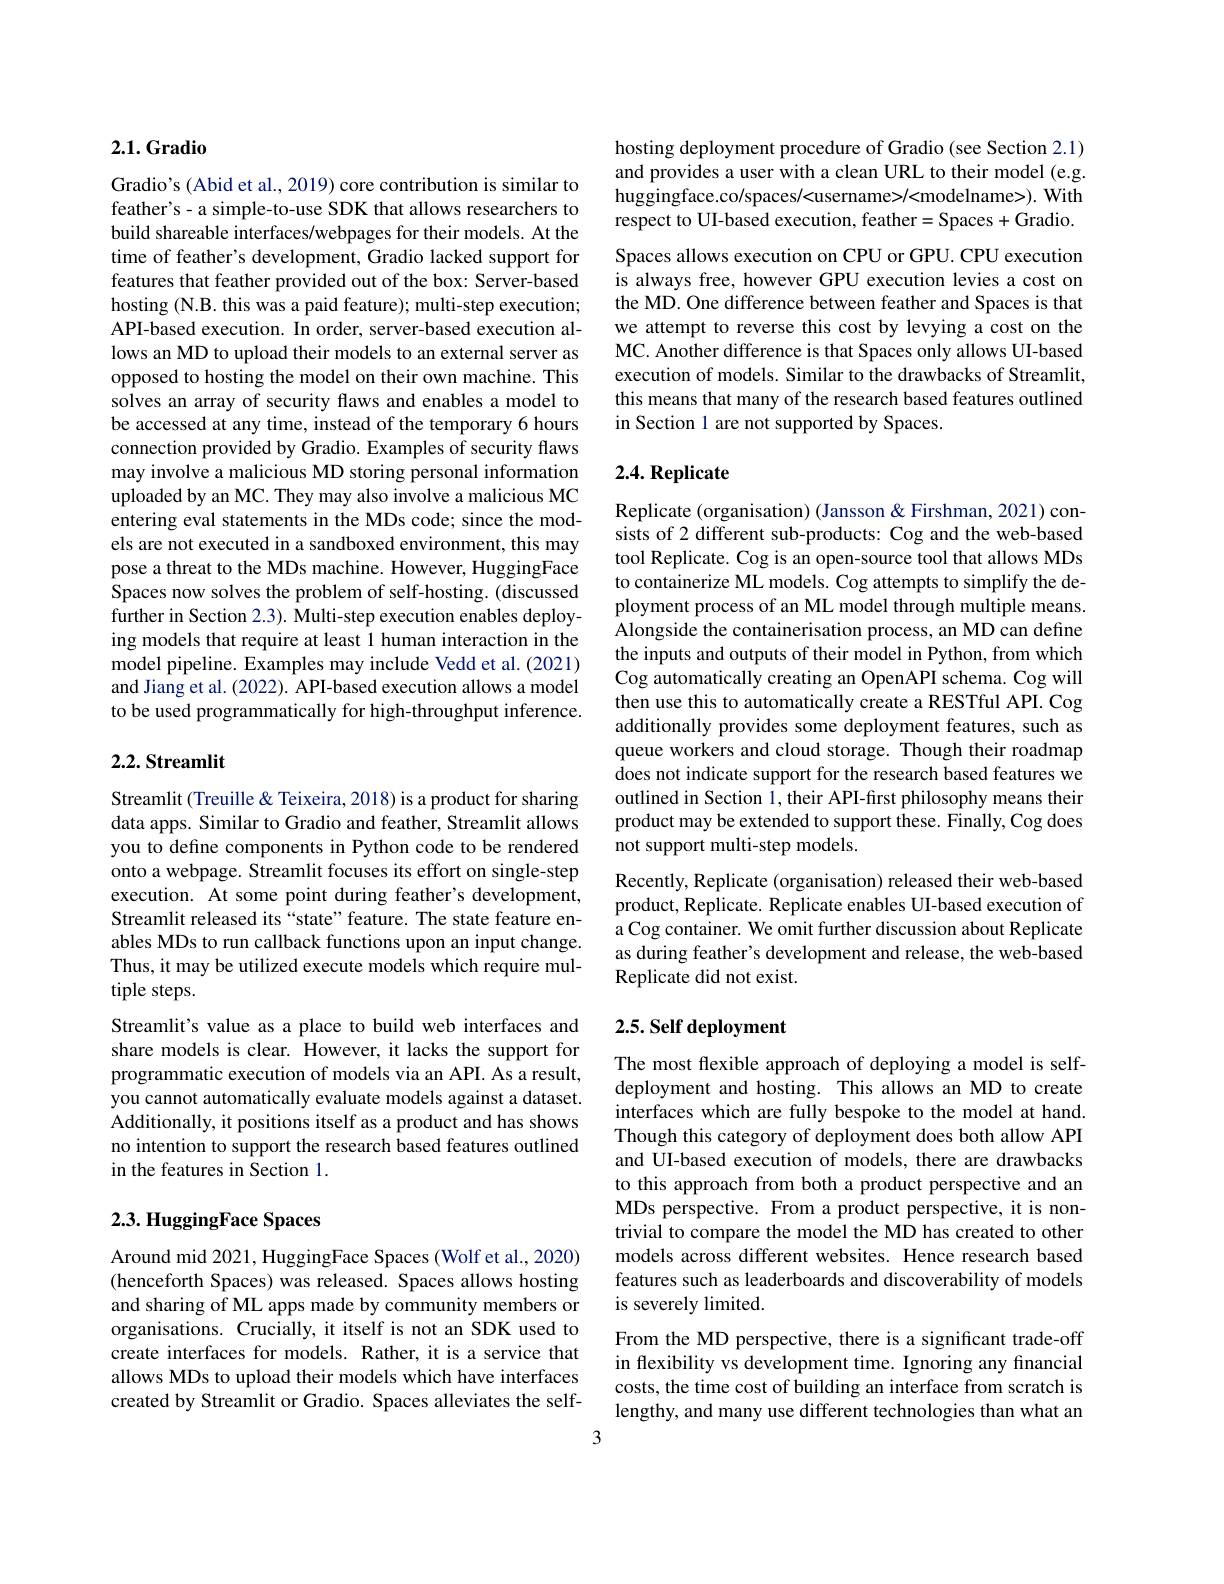
# 2.1.Gradio

Gradio's (Abid et al., 2019) core contribution is similar to feather's- a simple-to-use SDK that allows researchers to build shareable interfaces/webpages for their models. At the time of feather's development, Gradio lacked support for features that feather provided out of the box: Server-based hosting (N.B. this was a paid feature); multi-step execution; API-based execution. In order, server-based execution allows an MD to upload their models to an external server as opposed to hosting the model on their own machine. This solves an array of security flaws and enables a model to be accessed at any time, instead of the temporary 6 hours connection provided by Gradio. Examples of security flaws may involve a malicious MD storing personal information uploaded by an MC. They may also involve a malicious MC entering eval statements in the MDs code; since the models are not executed in a sandboxed environment, this may pose a threat to the MDs machine. However, HuggingFace Spaces now solves the problem of self-hosting. (discussed further in Section 2.3). Multi-step execution enables deploying models that require at least 1 human interaction in the model pipeline. Examples may include Vedd et al.(2021) and Jiang et al. (2022). API-based execution allows a model to be used programmatically for high-throughput inference.

### $2. 2. \textbf{Streamlit}$

Streamlit (Treuille & Teixeira, 2018) is a product for sharing data apps. Similar to Gradio and feather, Streamlit allows you to define components in Python code to be rendered onto a webpage. Streamlit focuses its effort on single-step execution. At some point during feather's development, Streamlit released its “state”feature. The state feature enables MDs to run callback functions upon an input change. Thus, it may be utilized execute models which require multiple steps.
Streamlit's value as a place to build web interfaces and share models is clear. However, it lacks the support for programmatic execution of models via an API. As a result, you cannot automatically evaluate models against a dataset. Additionally, it positions itself as a product and has shows no intention to support the research based features outlined in the features in Section 1.

## 2.3. HuggingFace Spaces

Around mid 2021, HuggingFace Spaces (Wolf et al., 2020) (henceforth Spaces) was released. Spaces allows hosting and sharing of ML apps made by community members or organisations. Crucially, it itself is not an SDK used to create interfaces for models. Rather, it is a service that allows MDs to upload their models which have interfaces created by Streamlit or Gradio. Spaces alleviates the self-

hosting deployment procedure of Gradio (see Section 2.1) and provides a user with a clean URL to their model (e.g. huggingface.co/spaces/<username>/<modelname>). With respect to UI-based execution, feather=Spaces+Gradio.

Spaces allows execution on CPU or GPU. CPU execution is always free, however GPU execution levies a cost on the MD. One difference between feather and Spaces is that we attempt to reverse this cost by levying a cost on the MC. Another difference is that Spaces only allows UI-based execution of models. Similar to the drawbacks of Streamlit, this means that many of the research based features outlined in Section l are not supported by Spaces.

### $2. 4. \textbf{Replicate}$

Replicate (organisation) (Jansson & Firshman, 2021) consists of 2 different sub-products: Cog and the web-based tool Replicate. Cog is an open-source tool that allows MDs to containerize ML models. Cog attempts to simplify the deployment process of an ML model through multiple means. Alongside the containerisation process, an MD can define the inputs and outputs of their model in Python, from which Cog automatically creating an OpenAPI schema. Cog will then use this to automatically create a RESTful API. Cog additionally provides some deployment features, such as queue workers and cloud storage. Though their roadmap does not indicate support for the research based features we outlined in Section 1, their API-first philosophy means their product may be extended to support these. Finally, Cog does not support multi-step models.
Recently, Replicate (organisation) released their web-based product, Replicate. Replicate enables UI-based execution of a Cog container. We omit further discussion about Replicate as during feather's development and release, the web-based Replicate did not exist.

## 2.5. Self deployment

The most flexible approach of deploying a model is selfdeployment and hosting. This allows an MD to create interfaces which are fully bespoke to the model at hand. Though this category of deployment does both allow API and UI-based execution of models, there are drawbacks to this approach from both a product perspective and an MDs perspective. From a product perspective, it is nontrivial to compare the model the MD has created to other models across different websites. Hence research based features such as leaderboards and discoverability of models is severely limited.

From the MD perspective, there is a significant trade-off in flexibility vs development time. Ignoring any financial costs, the time cost of building an interface from scratch is lengthy, and many use different technologies than what an

3